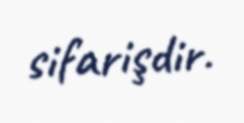
sifarişdir.